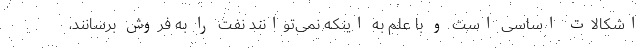
اشکالات اساسی است و با علم به اینکه نمی‌توانند نفت را به فروش برسانند،